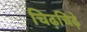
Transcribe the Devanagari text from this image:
चिढ़चिढ़े